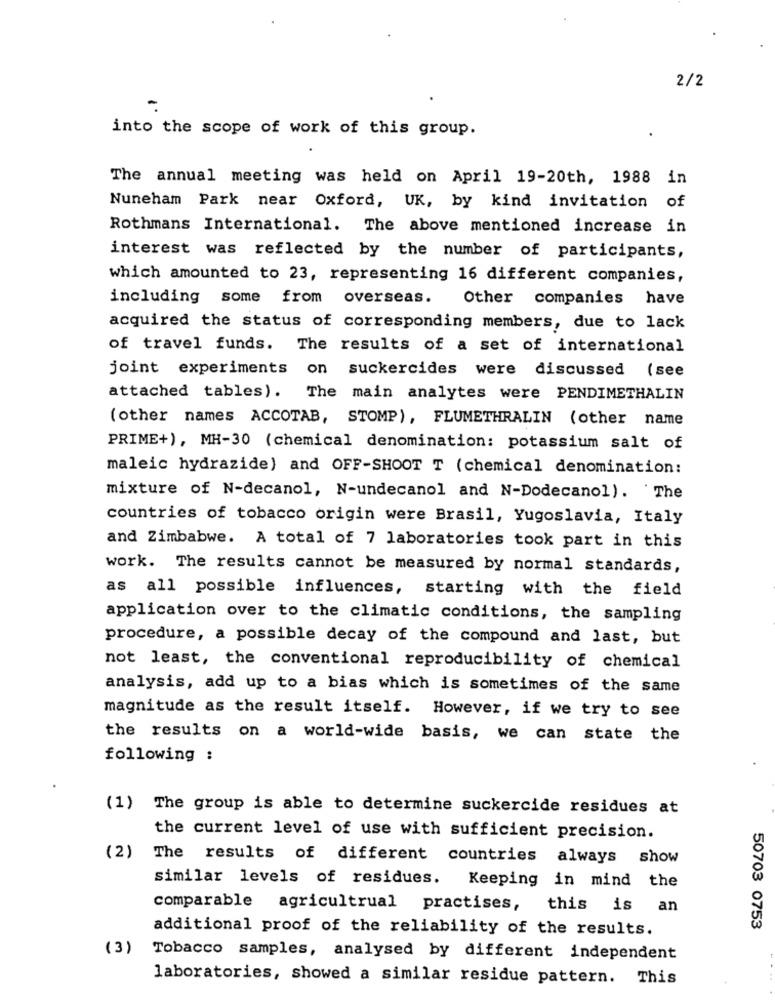
2/2
-
into the scope of work of this group.
The annual meeting was held on April 19-20th, 1988 in
Nuneham Park near Oxford, UK, by kind invitation of
Rothmans International. The above mentioned increase in
interest was reflected by the number of participants,
which amounted to 23, representing 16 different companies,
including some from overseas.
Other companies have
acquired the status of corresponding members, due to lack
of travel funds. The results of a set of international
joint experiments on suckercides were discussed (see
attached tables).
The main analytes were PENDIMETHALIN
(other names ACCOTAB, STOMP), FLUMETHRALIN (other name
PRIME+), MH-30 (chemical denomination: potassium salt of
maleic hydrazide) and OFF-SHOOT T (chemical denomination:
mixture of N-decanol, N-undecanol and N-Dodecanol). The
countries of tobacco origin were Brasil, Yugoslavia, Italy
and Zimbabwe. A total of 7 laboratories took part in this
work. The results cannot be measured by normal standards,
as all possible influences, starting with the field
application over to the climatic conditions, the sampling
procedure, a possible decay of the compound and last, but
not least, the conventional reproducibility of chemical
analysis, add up to a bias which is sometimes of the same
magnitude as the result itself. However, if we try to see
the results on a world-wide basis, we can state the
following :
(1) The group is able to determine suckercide residues at
the current level of use with sufficient precision.
(2)
The results of different countries always show
similar levels of residues.
Keeping in mind the
comparable agricultrual practises,
this is an
additional proof of the reliability of the results.
50703 0753
(3)
Tobacco samples, analysed by different independent
laboratories, showed a similar residue pattern. This